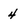
Character: 4